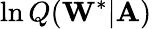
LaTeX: \ln Q(\mathbf{W}^{*}|\mathbf{A})